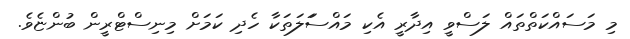
މި މަސައްކަތްތައް ލަސްވީ އިދާރީ އެކި މައްސަަލަތަކާ ހެދި ކަމަށް މިނިސްޓްރީން ބުންޏެވެ.